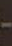
-